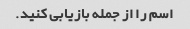
اسم را از جمله بازیابی کنید.